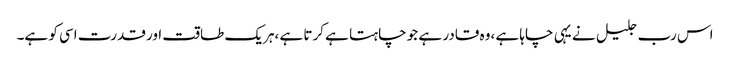
اس رب جلیل نے یہی چاہا ہے ،وہ قادر ہے جو چاہتا ہے کرتا ہے ،ہریک طاقت اور قدرت اسی کو ہے۔